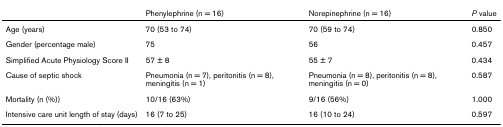
|  | Phenylephrine (n = 16) | Norepinephrine (n = 16) | P value |
 | --- | --- | --- | --- |
 | Age (years) | 70 (53 to 74) | 70 (59 to 74) | 0.850 |
 | Gender (percentage male) | 75 | 56 | 0.457 |
 | Simplified Acute Physiology Score II | 57 ± 8 | 55 ± 7 | 0.434 |
 | Cause of septic shock | Pneumonia (n = 7), peritonitis (n = 8), meningitis (n = 1) | Pneumonia (n = 8), peritonitis (n = 8), meningitis (n = 0) | 0.587 |
 | Mortality (n (%)) | 10/16 (63%) | 9/16 (56%) | 1.000 |
 | Intensive care unit length of stay (days) | 16 (7 to 25) | 16 (10 to 24) | 0.597 |